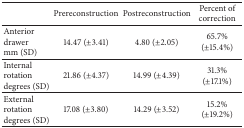
|  | Prereconstruction | Postreconstruction | Percent of correction |
 | --- | --- | --- | --- |
 | Anterior drawer mm (SD) | 14.47 (±3.41) | 4.80 (±2.05) | 65.7% (±15.4%) |
 | Internal rotationdegrees (SD) | 21.86 (±4.37) | 14.99 (±4.39) | 31.3% (±17.1%) |
 | External rotationdegrees (SD) | 17.08 (±3.80) | 14.29 (±3.52) | 15.2% (±19.2%) |